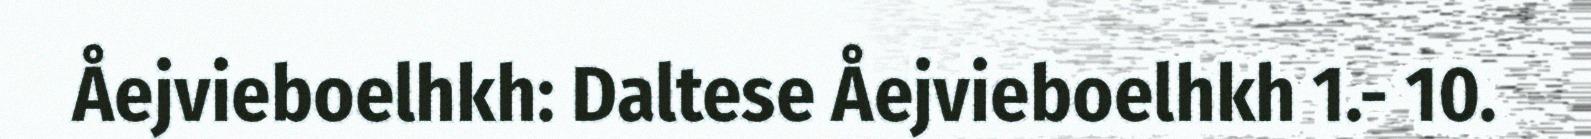
Åejvieboelhkh: Daltese Åejvieboelhkh 1.- 10.